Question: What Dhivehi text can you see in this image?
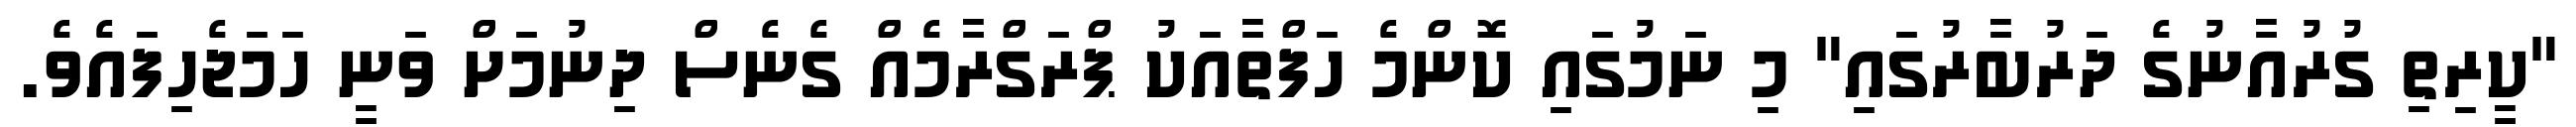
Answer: "ކީރިތި ގުރުއާނުގެ ދަރުބާރުގައި" މި ނަމުގައި ކޮންމެ ހަފްތާއަކު ޕްރަގްރާމެއް ގެނެސް ދިނުމަށް ވަނީ ހަމަޖެހިފައެވެ.